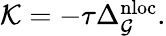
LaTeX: \begin{array}{r}{\mathcal{K}=-\tau\Delta_{\mathcal{G}}^{\mathrm{nloc}}.}\end{array}